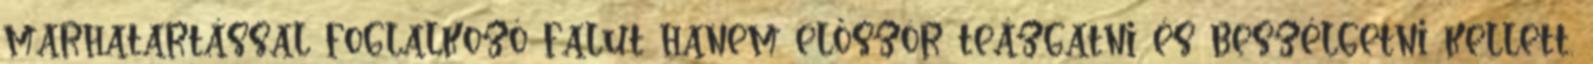
marhatartással foglalkozó falut hanem először teázgatni és beszélgetni kellett.